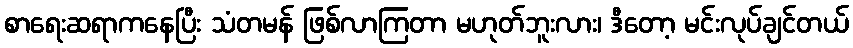
စာရေးဆရာကနေပြီး သံတမန် ဖြစ်လာကြတာ မဟုတ်ဘူးလား၊ ဒီတော့ မင်းလုပ်ချင်တယ်